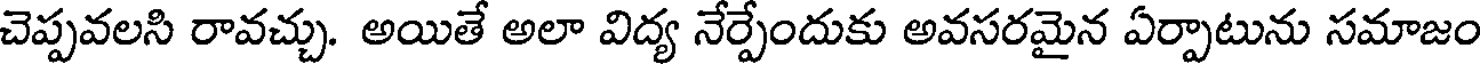
చెప్పవలసి రావచ్చు. అయితే అలా విద్య నేర్పేందుకు అవసరమైన ఏర్పాటును సమాజం